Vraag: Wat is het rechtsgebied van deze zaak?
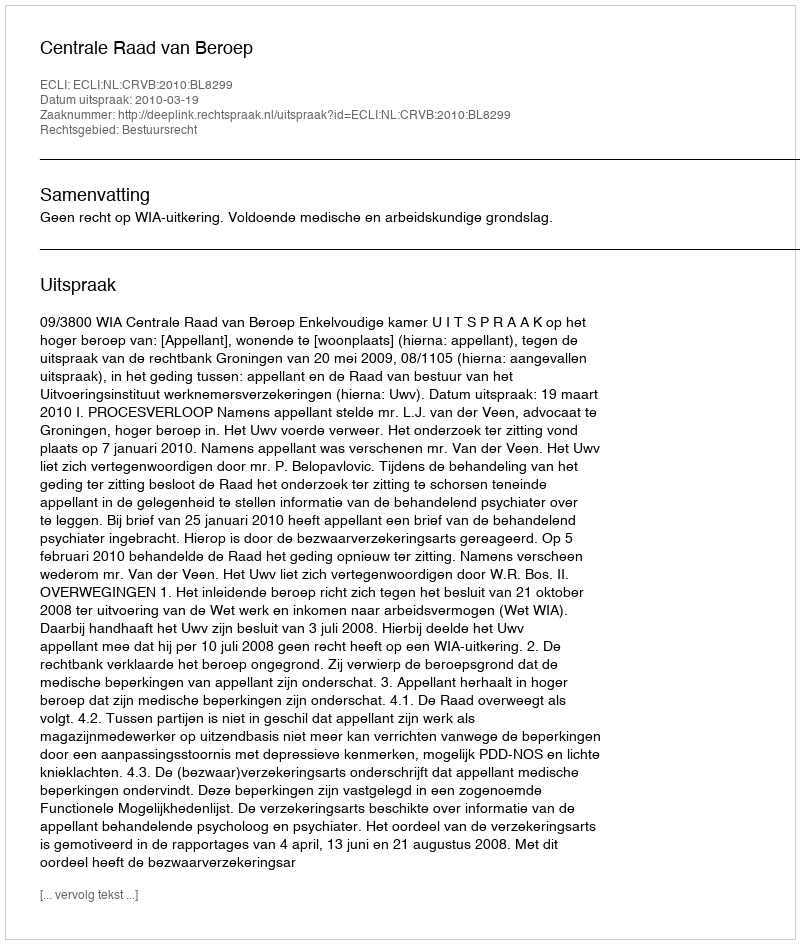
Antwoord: Bestuursrecht